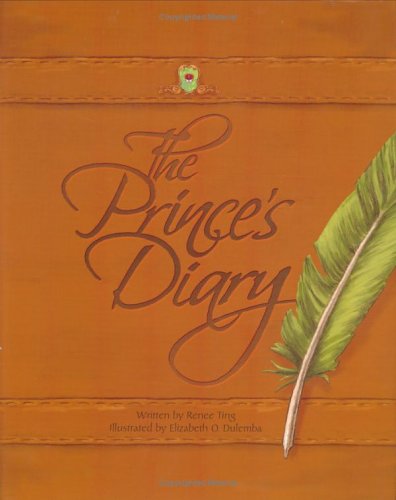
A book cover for The Prince's Diary; Renee Ting; Children's Books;